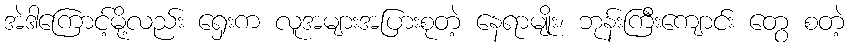
အဲဒါကြောင့်မို့လည်း ရှေးက လူအများအပြားစုတဲ့ နေရာမျိုး၊ ဘုန်းကြီးကျောင်း တွေ စတဲ့